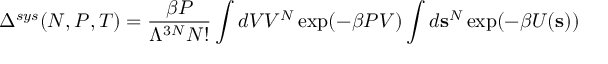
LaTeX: \Delta ^ { s y s } ( N , P , T ) = { \frac { \beta P } { \Lambda ^ { 3 N } N ! } } \int d V V ^ { N } \exp ( - \beta P V ) \int d \mathbf { s } ^ { N } \exp ( - \beta U ( \mathbf { s } ) )